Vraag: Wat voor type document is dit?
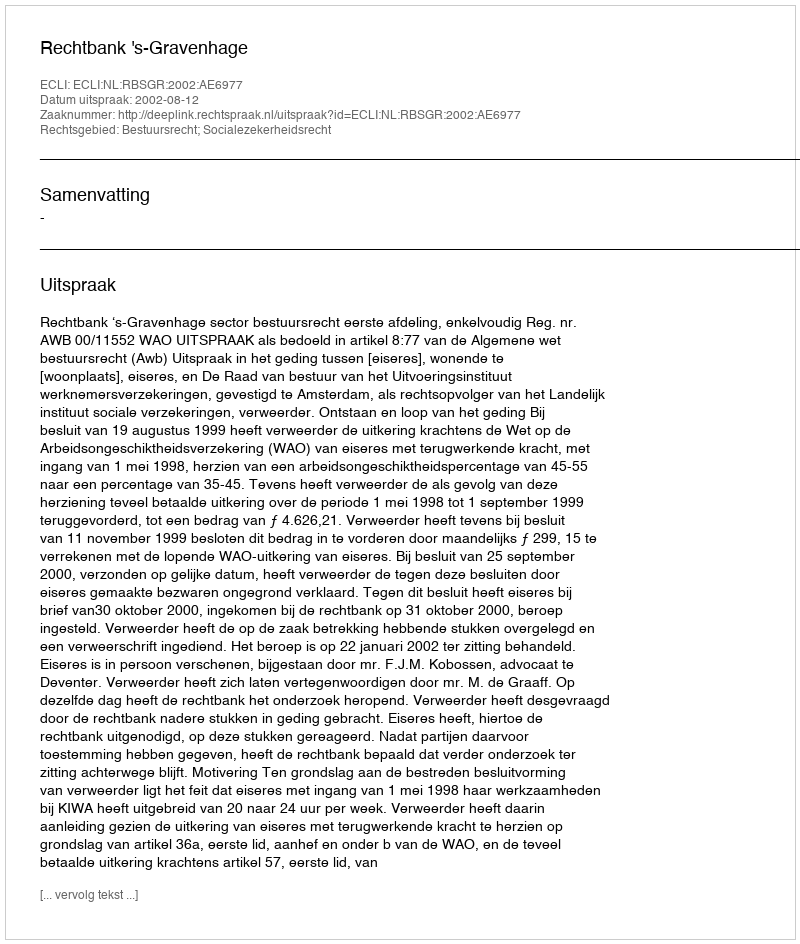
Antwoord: Uitspraak